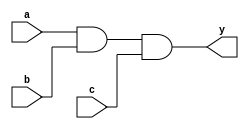
// Listing 3.2
module and_block_assign
  (
  input wire a, b, c,
  output reg y
  );

  always @*
  begin
     y = a;
     y = y & b;
     y = y & c;
  end

endmodule